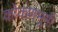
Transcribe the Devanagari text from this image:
कोकणभूमी